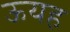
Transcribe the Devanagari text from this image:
ऊयह